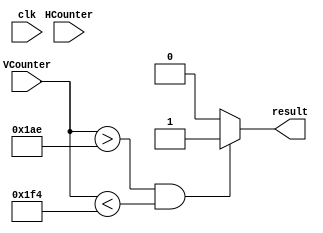
module groundTarget (
	input [9:0] HCounter,
	input [9:0] VCounter,
	input clk,
	
	output reg result
);

	reg [32:0] top = 430;
	reg [32:0] bottom = 500;
	
	always @ (VCounter) begin 
	
		if (VCounter > top && VCounter < bottom) begin 
			result = 1;
		end
		else begin 
			result = 0;
		end
		
		
	end
	
	 
	
		
		
	
endmodule